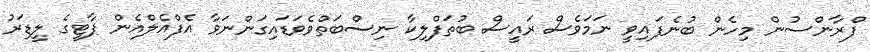
ފްރާންސުން މިހެން ބުނެފައިވީ ނަމަވެސް ރައީސް ބުތަފްލިކާ ނިސްބަތްވެވަޑައިގަންނަވާ އެފްއެލްއެން ޕާޓީގެ ލީޑަރު